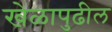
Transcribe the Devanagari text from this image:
खेळापुढील